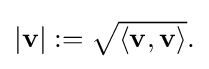
{\textstyle |\mathbf {v} |:={\sqrt {\langle \mathbf {v} ,\mathbf {v} \rangle }}.}